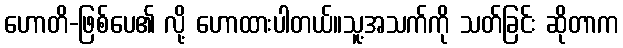
ဟောတိ-ဖြစ်ပေ၏ လို့ ဟောထားပါတယ်။သူ့အသက်ကို သတ်ခြင်း ဆိုတာက